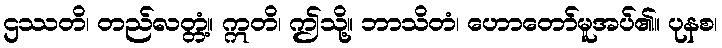
ဌဿတိ၊ တည်လတ္တံ့။ ဣတိ၊ ဤသို့။ ဘာသိတံ၊ ဟောတော်မူအပ်၏။ ပုနစ၊